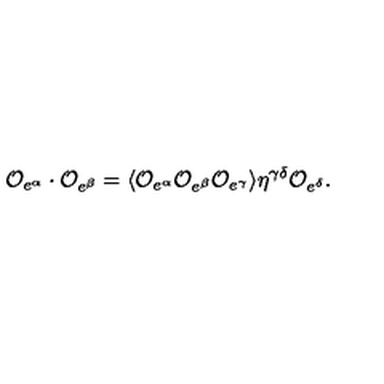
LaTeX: { \cal O } _ { e ^ { \alpha } } \cdot { \cal O } _ { e ^ { \beta } } = \langle { \cal O } _ { e ^ { \alpha } } { \cal O } _ { e ^ { \beta } } { \cal O } _ { e ^ { \gamma } } \rangle \eta ^ { \gamma \delta } { \cal O } _ { e ^ { \delta } } .